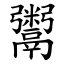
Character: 鬻